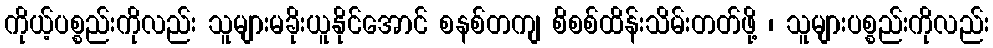
ကိုယ့်ပစ္စည်းကိုလည်း သူများမခိုးယူနိုင်အောင် စနစ်တကျ စိစစ်ထိန်းသိမ်းတတ်ဖို့ ၊ သူများပစ္စည်းကိုလည်း